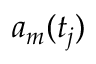
a _ { m } ( t _ { j } )